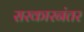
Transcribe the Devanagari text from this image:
सरकारनंतर